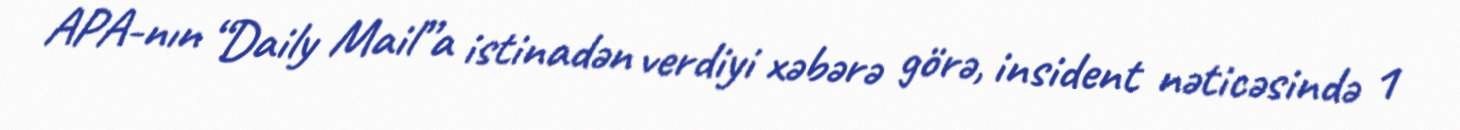
APA-nın “Daily Mail”a istinadən verdiyi xəbərə görə, insident nəticəsində 1